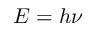
E = h \nu